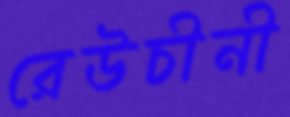
রেউচীনী